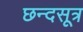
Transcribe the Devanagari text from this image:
छन्दसूत्र